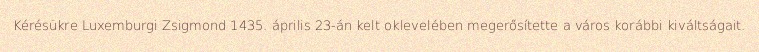
Kérésükre Luxemburgi Zsigmond 1435. április 23-án kelt oklevelében megerősítette a város korábbi kiváltságait.